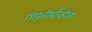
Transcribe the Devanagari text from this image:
शिवतीर्थावरील